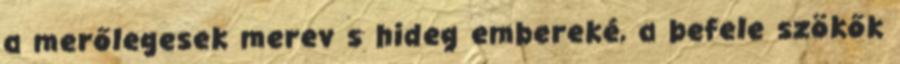
a merőlegesek merev s hideg embereké, a befele szökők